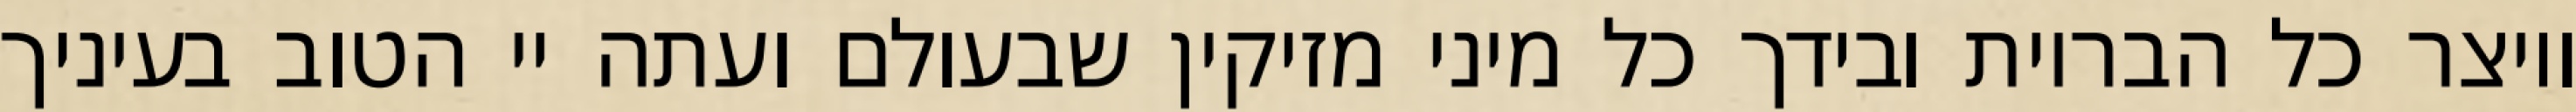
ויוצר כל הבריות ובידך כל מיני מזיקין שבעולם ועתה יי הטוב בעיניך